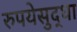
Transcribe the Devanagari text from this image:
रुपयेसुद्धा